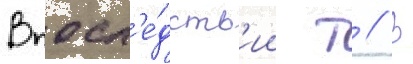
Впосл'е́дств'ии т // В